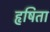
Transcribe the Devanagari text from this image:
हृषिता